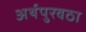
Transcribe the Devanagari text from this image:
अर्थपुरवठा